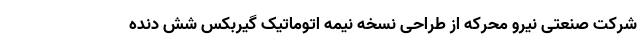
شرکت صنعتی نیرو محرکه از طراحی نسخه نیمه اتوماتیک گیربکس شش دنده